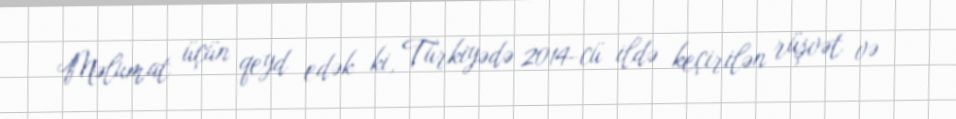
Məlumat üçün qeyd edək ki, Türkiyədə 2014-cü ildə keçirilən rüşvət və